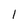
Character: 1